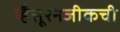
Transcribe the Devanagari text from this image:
म्हैसूरनजीकची